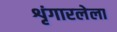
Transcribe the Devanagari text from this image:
शृंगारलेला